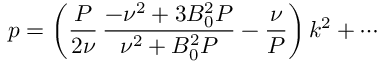
p = \left( \frac { P } { 2 \nu } \, \frac { - \nu ^ { 2 } + 3 B _ { 0 } ^ { 2 } P } { \nu ^ { 2 } + B _ { 0 } ^ { 2 } P } - \frac { \nu } { P } \right) k ^ { 2 } + \cdots